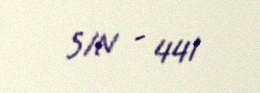
S/N - 441